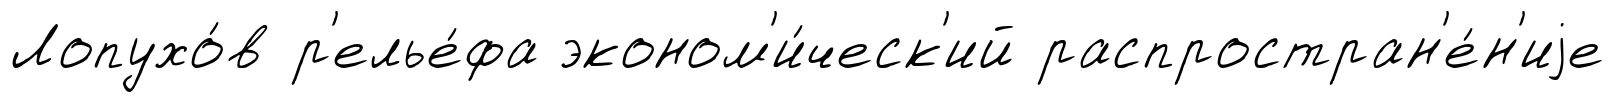
Лопухо́в р'елье́фа эконом'и́ческ'ий распростран'е́н'иjе